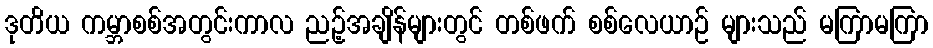
ဒုတိယ ကမ္ဘာစစ်အတွင်းကာလ ညဉ့်အချိန်များတွင် တစ်ဖက် စစ်လေယာဉ် များသည် မကြာမကြာ